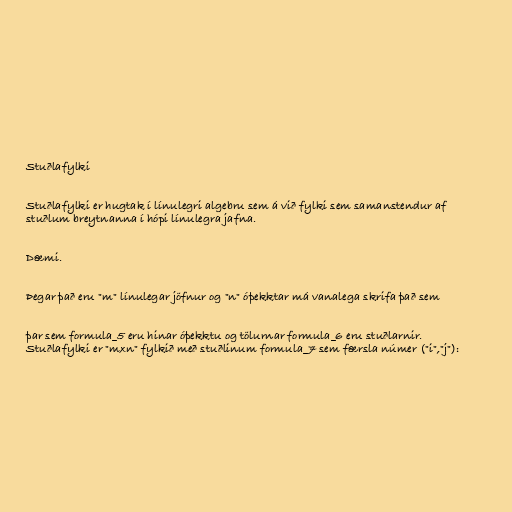
Stuðlafylki

Stuðlafylki er hugtak í línulegri algebru sem á við fylki sem samanstendur af
stuðlum breytnanna í hópi línulegra jafna.

Dæmi.

Þegar það eru "m" línulegar jöfnur og "n" óþekktar má vanalega skrifa það sem

þar sem formula_5 eru hinar óþekktu og tölurnar formula_6 eru stuðlarnir.
Stuðlafylki er "mxn" fylkið með stuðlinum formula_7 sem færsla númer ("i","j"):